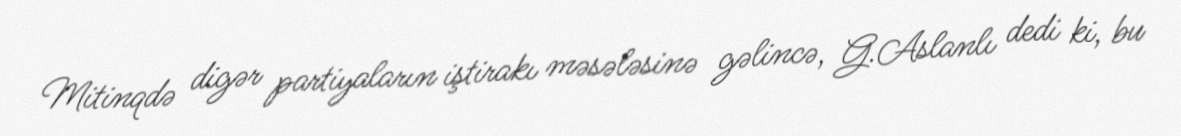
Mitinqdə digər partiyaların iştirakı məsələsinə gəlincə, G.Aslanlı dedi ki, bu